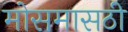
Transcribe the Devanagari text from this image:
मोसमासठी